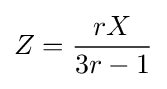
Z={rX \over 3r-1}